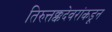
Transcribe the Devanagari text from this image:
तिरुत्तक्कदेवरांकडून